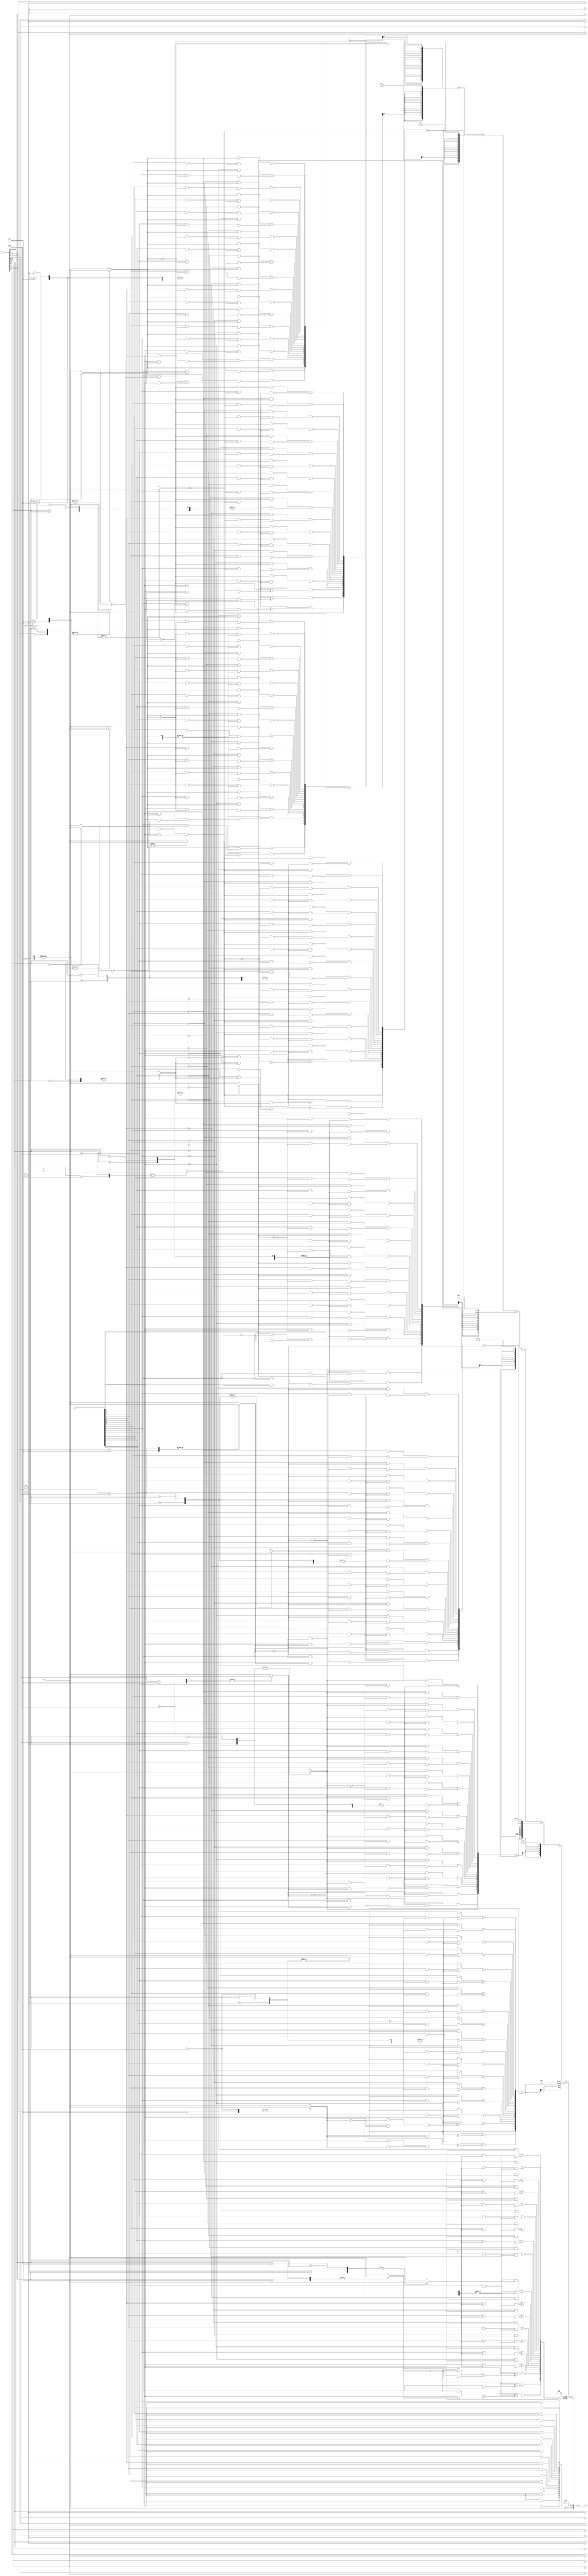
`timescale 10ms / 1ms

module radix4approx18bit(p,x,y);         

parameter N = 18;   //size of muliplicant and multiplier
parameter K = N/2;  //

input   [N-1 : 0]   x,y;
output  [N+N-1:0]   p;

reg [2:0]   bits    [K:0];
reg   neg     [K:0];
reg   two     [K:0];
reg   zero     [K:0];

wire [N+1:0] x_new;
reg [N+1:0]       PP      [K:0]; //riyaj 
reg [N+N-1:0]   ACC     [K:0];
reg [N+N-1:0]   ANS;
reg mux;

integer i , j, t;
integer  m = 16;        //number of bits to approximate

assign x_new = {2'b0,x};

always@(*)

begin
    //$display("---Middle mult------");
    
    //$display("X= %b",x);
    //$display("X New= %b",x_new);
    //$display("Y= %b",y);
    
    //$display("------");
    
    bits[0] = {y[1],y[0],1'b0};             //setting last bit -1 as 0
    /*$display("Bits(0)= %b",bits[0]);
    $display("------");
    */
    for(i=1; i<K+1; i=i+1) begin
            if(i == K)
                bits[i] = {2'b0,y[2*i-1]};
            else
                bits[i] = {y[2*i+1], y[2*i], y[2*i-1]};
            //$display("%b", bits[i]);

            //$display("Bits(%d)= %b",i,bits[i]);
            //$display("------");
            
        end

    //$display("Bits= %b",bits);    
    /*$display("BH= %b", BH);    
    $display("BL= %b",BL);    
    $display("M1= %b",M1);    
    $display("M2= %b",M2);    
    $display("S1= %b",S1);
    $display("S2= %b",S2);    
    $display("M3= %b",M3);    
    $display("---------");
    */

    for(i=0; i<K+1; i=i+1)
        begin                               //approximated 2A as A introduced error
            case(bits[i])

            
            3'b001, 3'b010:         
            begin
                neg[i] = 1'b0;
                two[i] = 1'b0;
                zero[i] = 1'b0;
            end

            3'b011:
            begin
                neg[i] = 1'b0;
                two[i] = 1'b1;
                zero[i] = 1'b0;
            end

            3'b101, 3'b110:         
            begin 
               neg[i] = 1'b1;
                two[i] = 1'b0;
                zero[i] = 1'b0;
            end

            3'b100:
            begin
                neg[i] = 1'b1;
                two[i] = 1'b1;
                zero[i] = 1'b0;
            end
         
            default: 
            begin
                neg[i] = 1'b0;
                two[i] = 1'b0;
                zero[i] = 1'b1;
            end

            endcase

            PP[i] = 0;
            PP[i][N+1] = neg[i];           //sign conservation

            for(t=0; t<N+1; t=t+1) begin
                if(t>=m) 
                begin
                    mux = (x_new[t] & ~two[i]) | (x_new[t-1] & two[i]);             
                    PP[i][t] = ~zero[i] & (neg[i] ^ mux);
                end

                else 
                begin
                    PP[i][t] = (~x_new[t] & neg[i]) | (x_new[t] & ~neg[i] & ~zero[i]);
                end

                
            end

            //$display("PP before (%d)= %b",i,PP[i]);
            //$display("------");


            //add neg[i]    
            PP[i] = PP[i] + neg[i];

            //$display("middle mult PP after (%d)= %b",i,PP[i]);
            //$display("------");

            ACC[i] = $signed(PP[i]);        //sign extension
            
            for(j=0; j<i; j=j+1)
                ACC[i] = {ACC[i],2'b00};        //shifting

            //$display("ACC(%d)= %b",i,ACC[i]);
            //$display("------");
        end

    ANS = ACC[0];
    //$display("ANS(0)= %b",ANS[0]);
    //$display("------");

    for(i=1; i<K+1; i=i+1)
    begin
        ANS = ANS+ACC[i];
        //$display("ANS(%d)= %b",i,ANS[i]);
        //$display("------");
    end
       
        
end


assign p = ANS;


endmodule